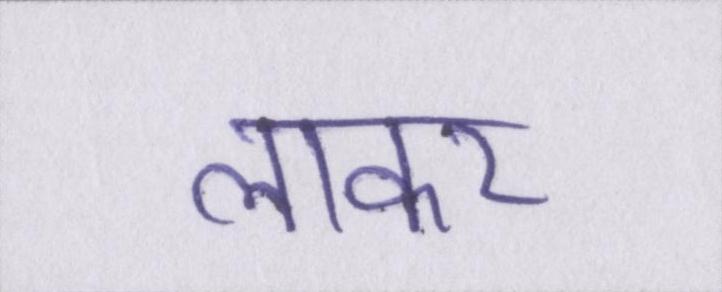
लाकर